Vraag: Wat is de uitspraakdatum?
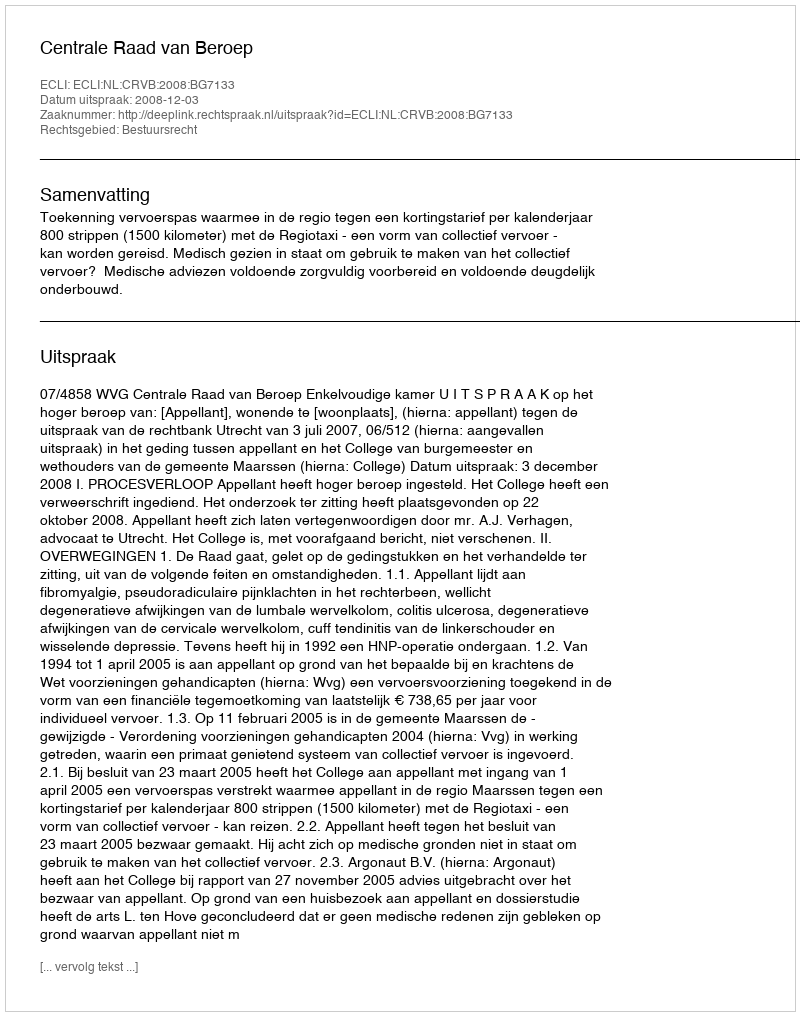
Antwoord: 2008-12-03